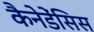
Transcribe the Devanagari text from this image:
कैनेडेंसिस